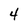
Character: 4